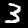
Label: 3